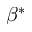
\beta ^ { * }